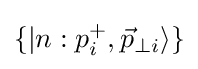
\{|n:p_{i}^{+},{\vec {p}}_{\perp i}\rangle \}